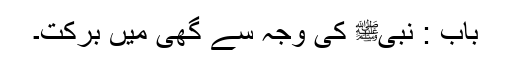
باب : نبیﷺ کی وجہ سے گھی میں برکت۔